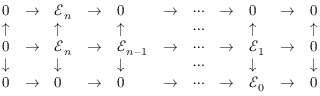
{ \begin{array} { l l l l l l l l l l l } { 0 } & { \to } & { { \mathcal { E } } _ { n } } & { \to } & { 0 } & { \to } & { \cdots } & { \to } & { 0 } & { \to } & { 0 } \\ { \uparrow } & & { \uparrow } & & { \uparrow } & & { \cdots } & & { \uparrow } & & { \uparrow } \\ { 0 } & { \to } & { { \mathcal { E } } _ { n } } & { \to } & { { \mathcal { E } } _ { n - 1 } } & { \to } & { \cdots } & { \to } & { { \mathcal { E } } _ { 1 } } & { \to } & { 0 } \\ { \downarrow } & & { \downarrow } & & { \downarrow } & & { \cdots } & & { \downarrow } & & { \downarrow } \\ { 0 } & { \to } & { 0 } & { \to } & { 0 } & { \to } & { \cdots } & { \to } & { { \mathcal { E } } _ { 0 } } & { \to } & { 0 } \end{array} }